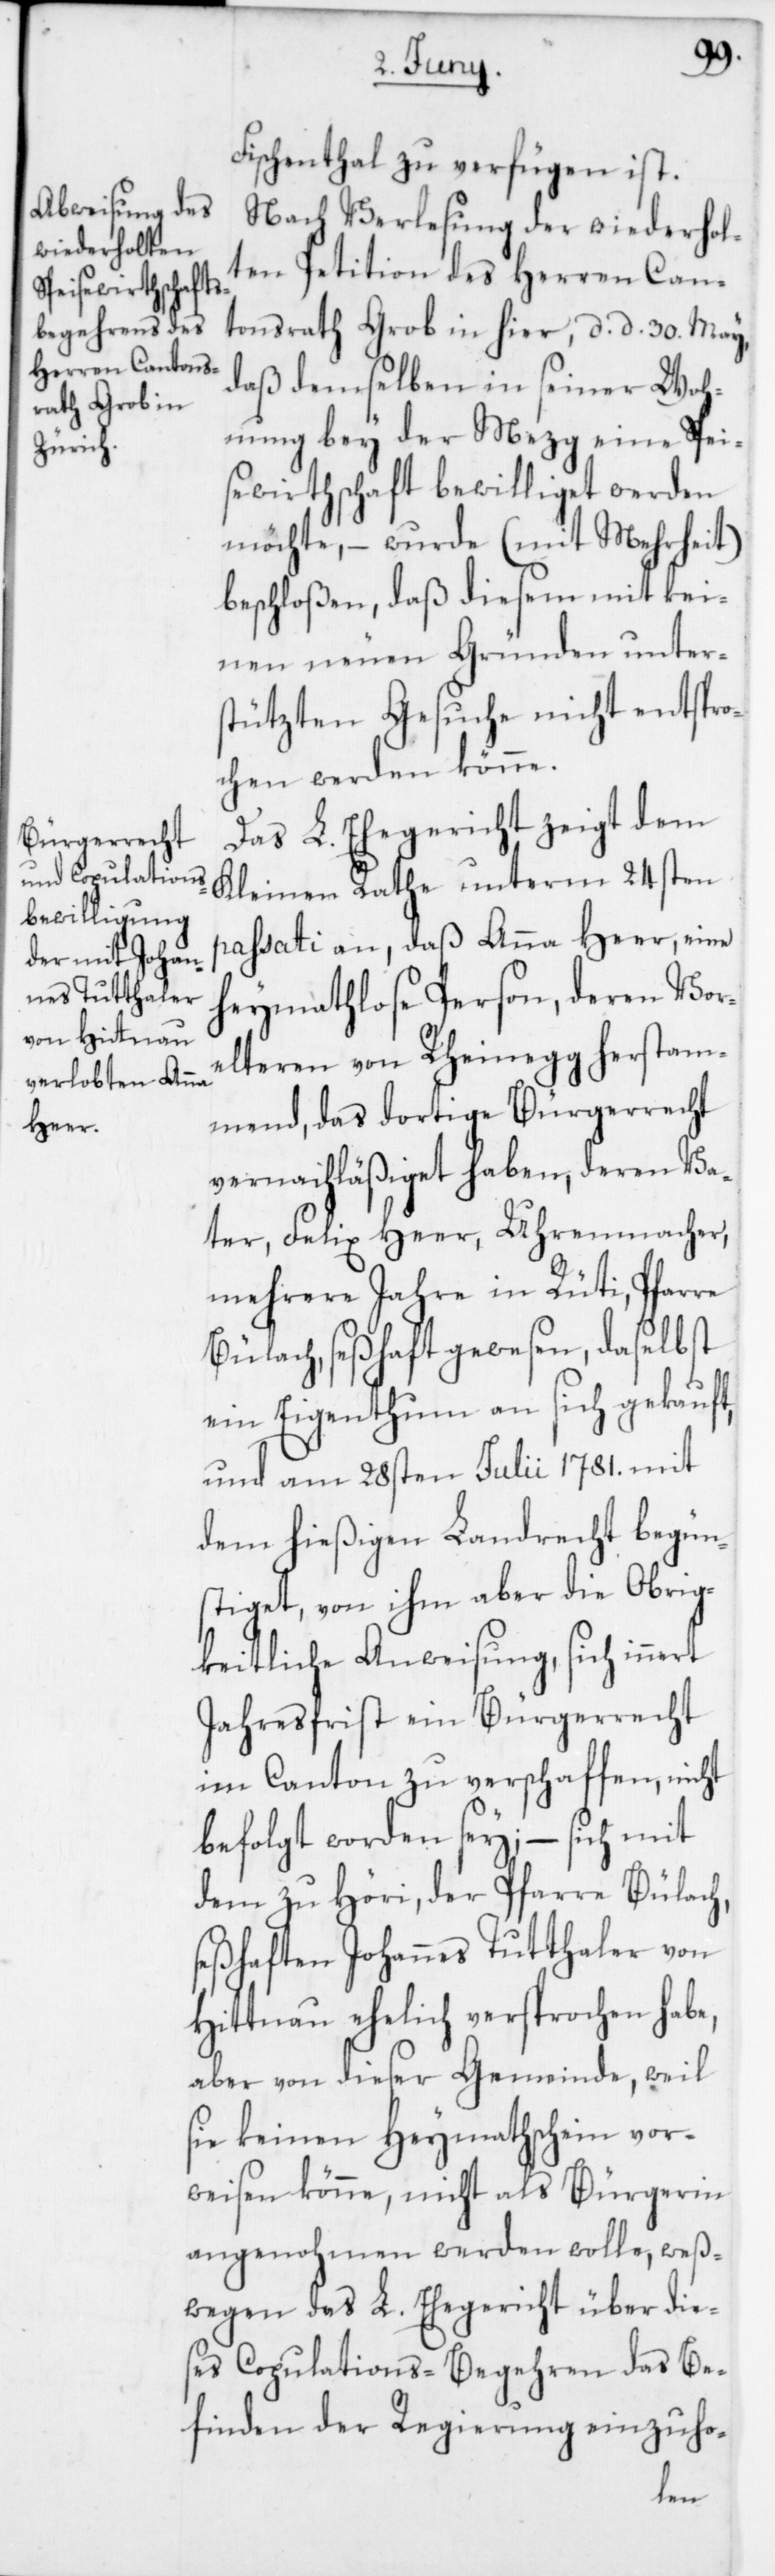
Fischenthal zu verfügen ist.
Nach Verlesung der wiederholt¬
en Petition des Herren Can¬
tonsrath Grob in hier, d. d. 30. May,
daß demselben in seiner Woh¬
nung bey der Mezg eine Spei¬
sewirtschaft bewilliget werden
möchte, – wurde (mit Mehrheit)
beschloßen, daß diesem mit kei¬
nen neuen Gründen unter¬
stützten Gesuche nicht entspro¬
chen werden könne.
Das L. Ehegericht zeigt dem
Kleinen Rathe unterm 24sten
passati an, daß Anna Heer, eine
heymathlose Person, deren Vor¬
elteren von Rheinegg herstam¬
mend, das dortige Bürgerrecht
vernachläßiget haben, deren Va¬
ter Felix Heer, Uhrenmacher,
mehrere Jahre in Rüti, Pfarre
Bülach, seßhaft gewesen, daselbst
ein Eigenthum an sich gekauft,
und am 28sten Julii 1781 mit
dem hießigen Landrecht begün¬
stiget, von ihm aber die Obrig¬
keitliche Anweisung, sich innert
Jahresfrist ein Bürgerrecht
im Canton zu verschaffen, nicht
befolgt worden sey; – sich mit
dem zu Höri der Pfarre Bülach
seßhaften Johannes Tutthaler von
Hittnau ehelich versprochen habe,
aber von dieser Gemeinde, weil
sie keinen Heymathschein vor¬
weisen könne, nicht als Bürgerin
angenohmen werden wolle, weß¬
wegen das L. Ehegericht über die¬
ses Copulations-Begehren das Be¬
finden der Regierung einzuho-